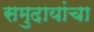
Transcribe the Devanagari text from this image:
समुदायांचा